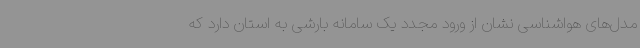
مدل‌های هواشناسی نشان از ورود مجدد یک سامانه بارشی به استان دارد که